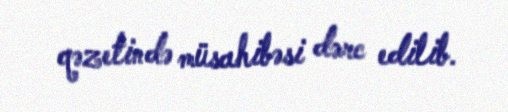
qəzetində müsahibəsi dərc edilib.